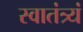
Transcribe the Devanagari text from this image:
स्वातंत्र्यं